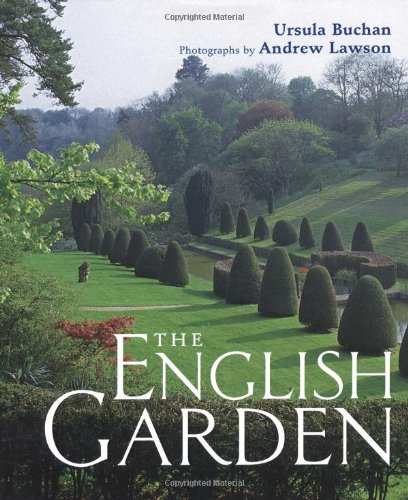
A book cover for The English Garden; Ursula Buchan; Crafts, Hobbies & Home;